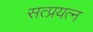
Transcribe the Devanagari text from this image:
सत्प्रयत्न